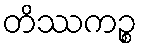
တိဿကဉ္စ